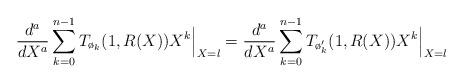
LaTeX: \begin{align*}\frac{d^a}{dX^a}\sum_{k=0}^{n-1} T_{\o_k}(1,R(X))X^k\Big|_{X=\l}=\frac{d^a}{dX^a}\sum_{k=0}^{n-1} T_{\o'_k}(1,R(X))X^k\Big|_{X=\l}\end{align*}